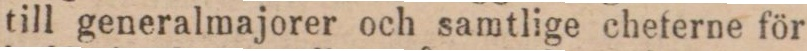
till generalmajorer och samtlige cheferne för